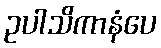
ဥပါသိကာနံပေ